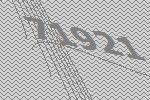
71921